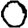
Digit: 0